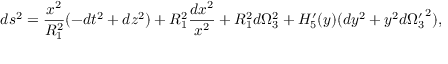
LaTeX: d s ^ { 2 } = { \frac { x ^ { 2 } } { R _ { 1 } ^ { 2 } } } ( - d t ^ { 2 } + d z ^ { 2 } ) + R _ { 1 } ^ { 2 } { \frac { d x ^ { 2 } } { x ^ { 2 } } } + R _ { 1 } ^ { 2 } d \Omega _ { 3 } ^ { 2 } + H _ { 5 } ^ { \prime } ( y ) ( d y ^ { 2 } + y ^ { 2 } d { \Omega _ { 3 } ^ { \prime } } ^ { 2 } ) ,